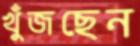
খুঁজছেন